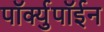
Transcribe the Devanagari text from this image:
पॉर्क्युपॉईन